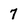
Character: 7